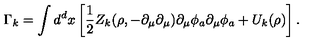
\Gamma _ { k } = \int d ^ { d } x \left[ \frac { 1 } { 2 } Z _ { k } ( \rho , - \partial _ { \mu } \partial _ { \mu } ) \partial _ { \mu } \phi _ { a } \partial _ { \mu } \phi _ { a } + U _ { k } ( \rho ) \right] .